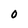
Character: o